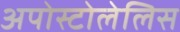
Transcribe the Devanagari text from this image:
अपोस्टोलेलिस